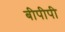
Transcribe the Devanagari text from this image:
बीपीपी